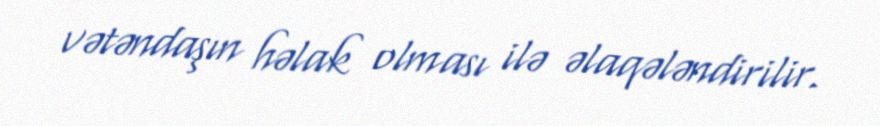
vətəndaşın həlak olması ilə əlaqələndirilir.